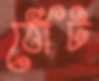
ঠোঁট